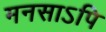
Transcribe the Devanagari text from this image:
मनसाऽपि